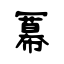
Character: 冪